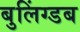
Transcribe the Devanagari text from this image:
बुलिंग्डब